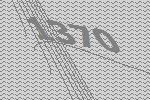
1370